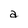
Character: a